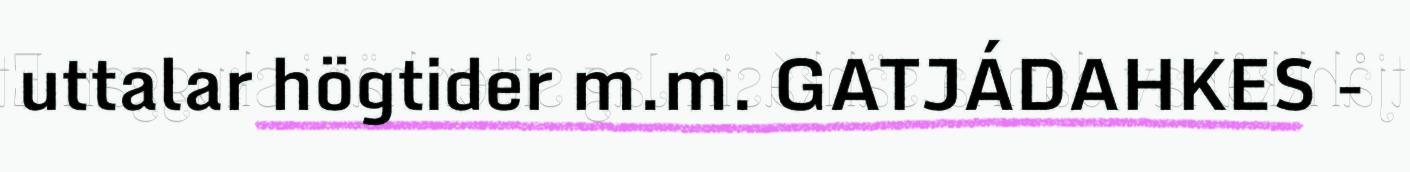
uttalar högtider m.m. GATJÁDAHKES -